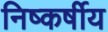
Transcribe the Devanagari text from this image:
निष्कर्षीय